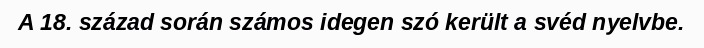
A 18. század során számos idegen szó került a svéd nyelvbe.